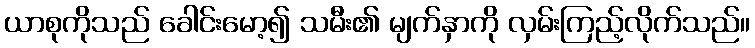
ယာစုကိုသည် ခေါင်းမော့၍ သမီး၏ မျက်နှာကို လှမ်းကြည့်လိုက်သည်။